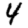
Digit: 4